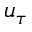
u _ { \tau }